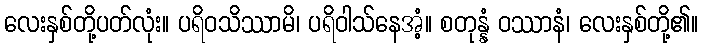
လေးနှစ်တို့ပတ်လုံး။ ပရိဝသိဿာမိ၊ ပရိဝါသ်နေအံ့။ စတုန္နံ ဝဿာနံ၊ လေးနှစ်တို့၏။